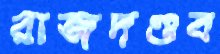
রাজদণ্ডব